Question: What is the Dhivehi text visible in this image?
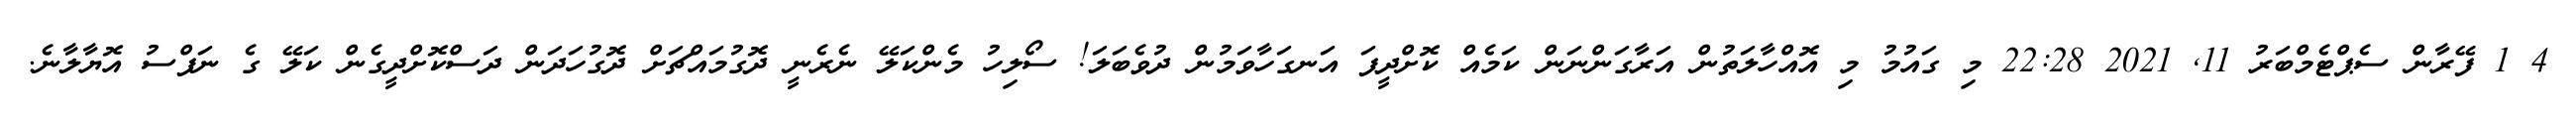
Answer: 4 1 ފޭރާން ސެޕްޓެމްބަރު 11, 2021 22:28 މި ގައުމު މި އޮއްހާލަތުން އަރާގަންނަން ކަމެއް ކޮށްދީފަ އަނގަހާވަމުން ދުވެބަލަ! ސޯލިހު މެންކަލޭ ނެރެނީ ދޮގުމައްޗަށް ދޮގުހަދަން ދަސްކޮށްދީގެން ކަލޭ ގެ ނަފްސު އޮޔާލާނެ.